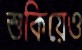
শুকিয়েও